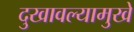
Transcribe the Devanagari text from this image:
दुखावल्यामुखे